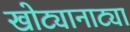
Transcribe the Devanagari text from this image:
खोट्यानाट्या